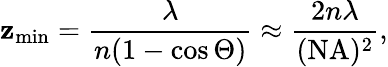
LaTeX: \mathbf{z}_{\mathrm{{min}}}=\frac{{\lambda}}{{n(1-\cos\Theta)}}\approx\frac{{2n\lambda}}{{(\mathrm{{NA}})^{2}}},